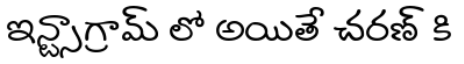
ఇన్స్టాగ్రామ్ లో అయితే చరణ్ కి